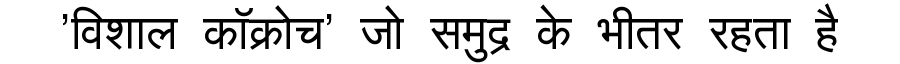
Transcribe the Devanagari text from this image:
'विशाल कॉक्रोच' जो समुद्र के भीतर रहता है